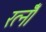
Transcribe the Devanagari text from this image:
रत्नोँ